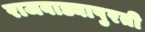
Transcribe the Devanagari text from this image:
राजवाड्यापुरती